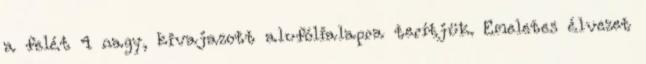
a felét 4 nagy, kivajazott alufólialapra terítjük. Emeletes élvezet